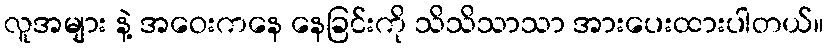
လူအများ နဲ့ အဝေးကနေ နေခြင်းကို သိသိသာသာ အားပေးထားပါတယ်။